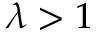
\lambda > 1